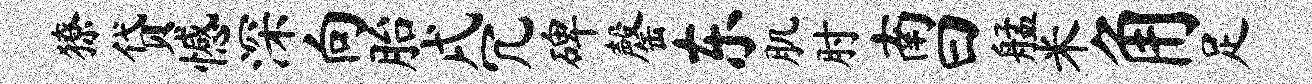
獠贷憾深向胎戌冗碑罄东肌肘南曰艋米角足